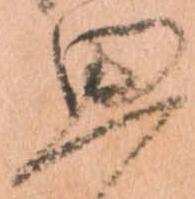
思